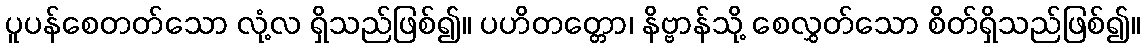
ပူပန်စေတတ်သော လုံ့လ ရှိသည်ဖြစ်၍။ ပဟိတတ္တော၊ နိဗ္ဗာန်သို့ စေလွှတ်သော စိတ်ရှိသည်ဖြစ်၍။